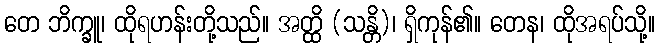
တေ ဘိက္ခူ၊ ထိုရဟန်းတို့သည်။ အတ္ထိ (သန္တိ)၊ ရှိကုန်၏။ တေန၊ ထိုအရပ်သို့။